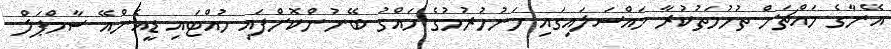
އޭނާގެ މައްޗަށް ތުހުމަތުކުރާ މައްސަލައިގައި ހަނުހުރުމުގެ ހައްގު ބޭނުންކޮށްފައި ހުއްޓައި ޑީއެންއޭ ސާމްޕަލް